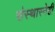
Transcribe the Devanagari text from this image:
संस्थास्नेही